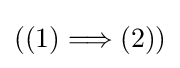
((1)\Longrightarrow (2))